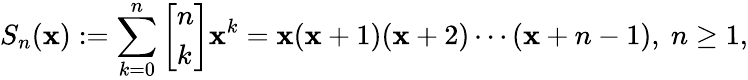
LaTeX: S_{n}(\mathbf{x}):=\sum_{k=0}^{n}\left[{\begin{array}{l}{n}\\ {k}\end{array}}\right]\mathbf{x}^{k}=\mathbf{x}(\mathbf{x}+1)(\mathbf{x}+2)\cdots(\mathbf{x}+n-1),\ n\geq1,